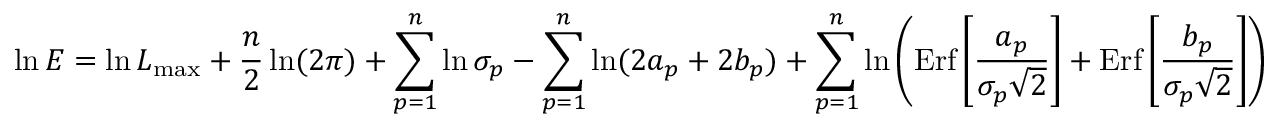
\ln E = \ln { \cal L } _ { \mathrm { m a x } } + { \frac { n } { 2 } } \ln ( 2 \pi ) + \sum _ { p = 1 } ^ { n } \ln \sigma _ { p } - \sum _ { p = 1 } ^ { n } \ln ( 2 a _ { p } + 2 b _ { p } ) + \sum _ { p = 1 } ^ { n } \ln \left( \mathrm { E r f } \left[ { \frac { a _ { p } } { \sigma _ { p } \sqrt 2 } } \right] + \mathrm { E r f } \left[ { \frac { b _ { p } } { \sigma _ { p } \sqrt 2 } } \right] \right)